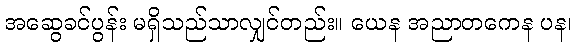
အဆွေခင်ပွန်း မရှိသည်သာလျှင်တည်း။ ယေန အညာတကေန ပန၊